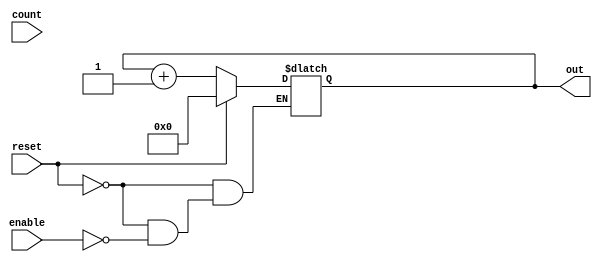
module dynamic_asynchronous_counter (
    input wire enable,          // Enable signal for counting
    input wire reset,           // Asynchronous reset signal
    input wire [N-1:0] count,   // Count input (for dynamic behavior)
    output reg [N-1:0] out      // Output of the counter
);
    parameter N = 4;            // Number of bits in the counter

    // Internal signals for T flip-flops
    reg [N-1:0] t_ff;

    // Asynchronous reset and counting logic
    always @(*) begin
        if (reset) begin
            out = 0;              // Reset the counter to 0
        end else if (enable) begin
            // Count up logic
            t_ff = out + 1;       // Increment the counter
            out = t_ff;           // Update the output
        end
    end

endmodule